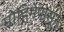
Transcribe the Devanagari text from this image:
मोहिमेपासून